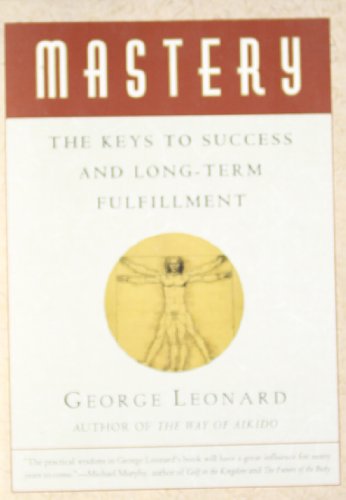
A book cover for Mastery: The Keys to Success and Long-Term Fulfillment; George Leonard; Education & Teaching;